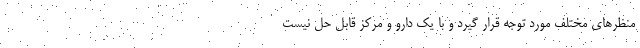
منظرهای مختلف مورد توجه قرار گیرد و با یک دارو و مرکز قابل حل نیست